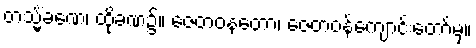
တသ္မိံခဏေ၊ ထိုခဏ၌။ ဇေတဝနတော၊ ဇေတဝန်ကျောင်းတော်မှ။